Document type: Sale
Year: 1435
Scribe: Pere Soler
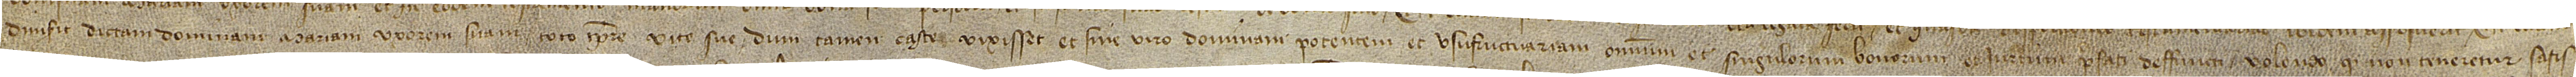
dimisit dictam dominam Mariam, uxorem suam, toto tempore vite sue dum tamen caste vixisset et sine viro dominam potentem et usufructurariam omnium et singulorum bonorum et iurium prefati deffuncti; volendo quod non teneretur satis